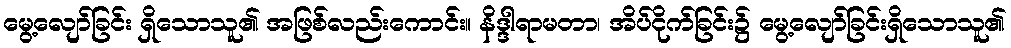
မွေ့လျော်ခြင်း ရှိသောသူ၏ အဖြစ်လည်းကောင်း။ နိဒ္ဒါရာမတာ၊ အိပ်ငိုက်ခြင်း၌ မွေ့လျော်ခြင်းရှိသောသူ၏